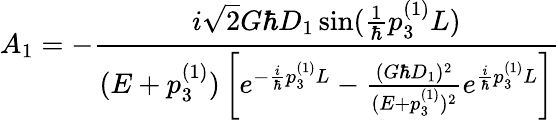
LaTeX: A_{1}=-\frac{i\sqrt{2}G\hbar D_{1}\sin(\frac{1}{\hbar}p_{3}^{(1)}L)}{(E+p_{3}^{(1)})\left[e^{-\frac{i}{\hbar}p_{3}^{(1)}L}-\frac{(G\hbar D_{1})^{2}}{(E+p_{3}^{(1)})^{2}}e^{\frac{i}{\hbar}p_{3}^{(1)}L}\right]}